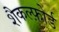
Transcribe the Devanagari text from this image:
शैकल्फ़ोर्ड